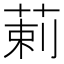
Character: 䓶